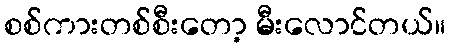
စစ်ကားတစ်စီးတော့ မီးလောင်တယ်။